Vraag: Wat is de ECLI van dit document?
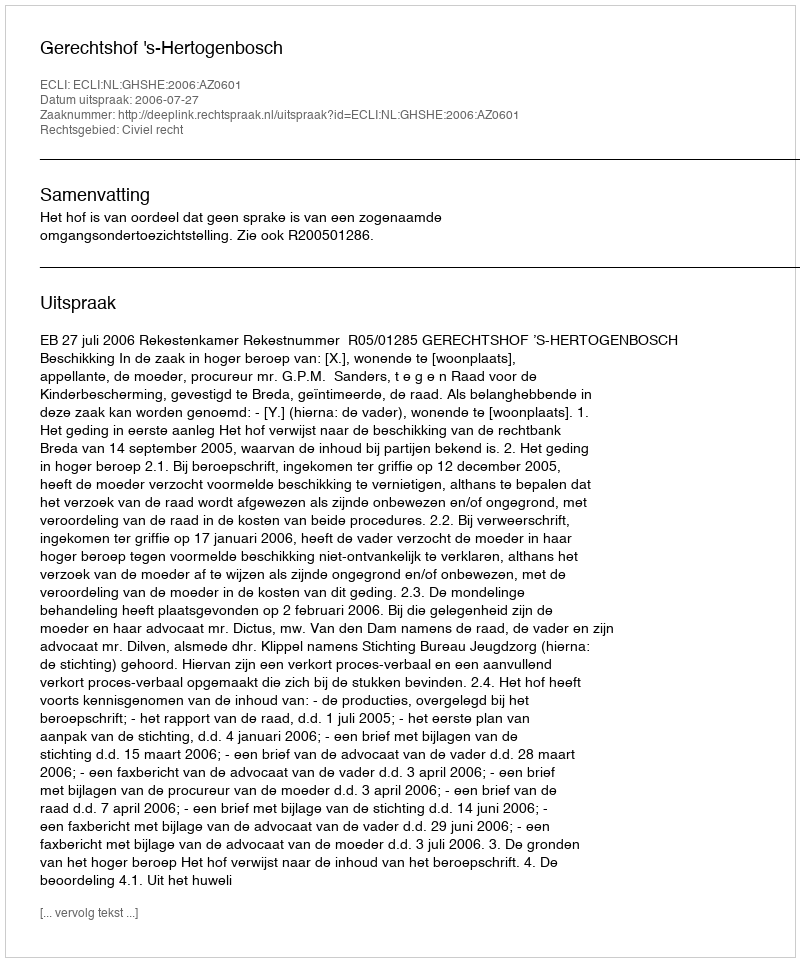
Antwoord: ECLI:NL:GHSHE:2006:AZ0601